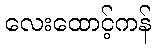
လေးထောင့်ကန်